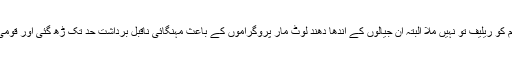
روٹی کپڑا اور مکان کا نعرے لگانے والے بہروپیوں سے مفلس عوام کو ریلیف تو نہیں ملا البتہ ان جیالوں کے اندھا دھند لوٹ مار پروگراموں کے باعث مہنگائی ناقبل برداشت حد تک ڑھ گئی اور قومی اداروں میں لوٹ کھسوٹ سے بیروزگاری میں خطرناک اضافہ ہوا۔